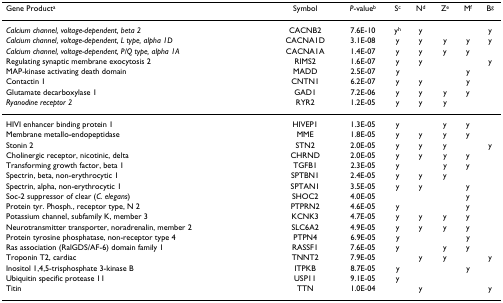
<table><thead><tr><td><b>Gene Product<sup>a</sup></b></td><td><b>Symbol</b></td><td><b><i>P</i>-value<sup>b</sup></b></td><td><b>S<sup>c</sup></b></td><td><b>N<sup>d</sup></b></td><td><b>Z<sup>e</sup></b></td><td><b>M<sup>f</sup></b></td><td><b>B<sup>g</sup></b></td></tr></thead><tbody><tr><td><i>Calcium channel, voltage-dependent, beta 2</i></td><td>CACNB2</td><td>7.6E-10</td><td>y<sup>h</sup></td><td>y</td><td></td><td></td><td>y</td></tr><tr><td><i>Calcium channel, voltage-dependent, L type, alpha 1D</i></td><td>CACNA1D</td><td>3.1E-08</td><td>y</td><td>y</td><td>y</td><td>y</td><td>y</td></tr><tr><td><i>Calcium channel, voltage-dependent, P/Q type, alpha 1A</i></td><td>CACNA1A</td><td>1.4E-07</td><td>y</td><td>y</td><td>y</td><td>y</td><td></td></tr><tr><td>Regulating synaptic membrane exocytosis 2</td><td>RIMS2</td><td>1.6E-07</td><td>y</td><td>y</td><td></td><td></td><td>y</td></tr><tr><td>MAP-kinase activating death domain</td><td>MADD</td><td>2.5E-07</td><td>y</td><td></td><td></td><td>y</td><td></td></tr><tr><td>Contactin 1</td><td>CNTN1</td><td>6.2E-07</td><td>y</td><td>y</td><td></td><td>y</td><td></td></tr><tr><td>Glutamate decarboxylase 1</td><td>GAD1</td><td>7.2E-06</td><td>y</td><td>y</td><td>y</td><td>y</td><td></td></tr><tr><td><i>Ryanodine receptor 2</i></td><td>RYR2</td><td>1.2E-05</td><td>y</td><td>y</td><td>y</td><td></td><td></td></tr><tr><td>HIVI enhancer binding protein 1</td><td>HIVEP1</td><td>1.3E-05</td><td>y</td><td></td><td>y</td><td>y</td><td></td></tr><tr><td>Membrane metallo-endopeptidase</td><td>MME</td><td>1.8E-05</td><td>y</td><td>y</td><td>y</td><td>y</td><td></td></tr><tr><td>Stonin 2</td><td>STN2</td><td>2.0E-05</td><td>y</td><td>y</td><td>y</td><td></td><td>y</td></tr><tr><td>Cholinergic receptor, nicotinic, delta</td><td>CHRND</td><td>2.0E-05</td><td>y</td><td>y</td><td>y</td><td>y</td><td></td></tr><tr><td>Transforming growth factor, beta 1</td><td>TGFB1</td><td>2.3E-05</td><td>y</td><td></td><td>y</td><td>y</td><td></td></tr><tr><td>Spectrin, beta, non-erythrocytic 1</td><td>SPTBN1</td><td>2.4E-05</td><td>y</td><td>y</td><td>y</td><td></td><td></td></tr><tr><td>Spectrin, alpha, non-erythrocytic 1</td><td>SPTAN1</td><td>3.5E-05</td><td>y</td><td>y</td><td></td><td>y</td><td></td></tr><tr><td>Soc-2 suppressor of clear (<i>C. elegans</i>)</td><td>SHOC2</td><td>4.0E-05</td><td></td><td></td><td></td><td>y</td><td></td></tr><tr><td>Protein tyr. Phosph., receptor type, N 2</td><td>PTPRN2</td><td>4.6E-05</td><td>y</td><td></td><td></td><td>y</td><td></td></tr><tr><td>Potassium channel, subfamily K, member 3</td><td>KCNK3</td><td>4.7E-05</td><td>y</td><td>y</td><td>y</td><td>y</td><td></td></tr><tr><td>Neurotransmitter transporter, noradrenalin, member 2</td><td>SLC6A2</td><td>4.9E-05</td><td>y</td><td>y</td><td>y</td><td>y</td><td></td></tr><tr><td>Protein tyrosine phosphatase, non-receptor type 4</td><td>PTPN4</td><td>6.9E-05</td><td>y</td><td></td><td></td><td>y</td><td></td></tr><tr><td>Ras association (RalGDS/AF-6) domain family 1</td><td>RASSF1</td><td>7.6E-05</td><td>y</td><td></td><td>y</td><td>y</td><td></td></tr><tr><td>Troponin T2, cardiac</td><td>TNNT2</td><td>7.9E-05</td><td></td><td>y</td><td>y</td><td></td><td>y</td></tr><tr><td>Inositol 1,4,5-trisphosphate 3-kinase B</td><td>ITPKB</td><td>8.7E-05</td><td>y</td><td></td><td></td><td>y</td><td></td></tr><tr><td>Ubiquitin specific protease 11</td><td>USP11</td><td>9.1E-05</td><td>y</td><td></td><td></td><td></td><td></td></tr><tr><td>Titin</td><td>TTN</td><td>1.0E-04</td><td></td><td>y</td><td></td><td></td><td>y</td></tr></tbody></table>